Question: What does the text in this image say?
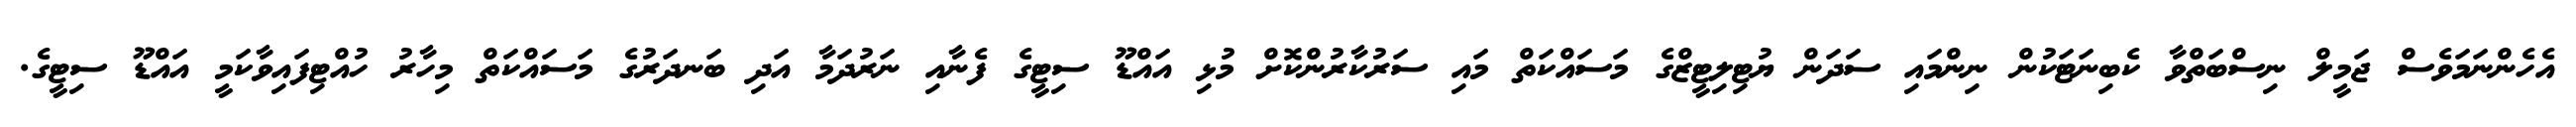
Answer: އެހެންނަމަވެސް ޖަމީލް ނިސްބަތްވާ ކެބިނަޓަކުން ނިންމައި ސަދަން ޔުޓިލިޓީޒްގެ މަސައްކަތް މައި ސަރުކާރުންކޮށް މުޅި އައްޑޫ ސިޓީގެ ފެނާއި ނަރުދަމާ އަދި ބަނދަރުގެ މަސައްކަތް މިހާރު ހުއްޓިފައިވާކަމީ އައްޑޫ ސިޓީގެ.